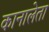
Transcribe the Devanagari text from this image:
कानालेता